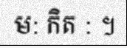
ម: កិត : ។